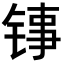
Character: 𬭑